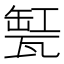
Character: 𤭬